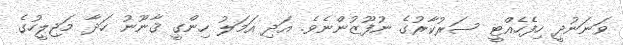
ވަނަނުދީ ހިފެހެއްޓީ ސަރުކާރުގެ ނުފޫޒުންނެވެ. އަދި އަމަލު ހިންގީ ޤާނޫނު ހަދާ މަޖިލީހުގެ